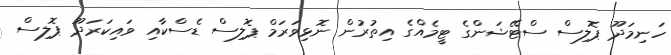
ހަނިމަދޫ ޕޮލިސް ސްޓޭޝަންގެ ޓީމެއްގެ އިތުރުން ނޮޅިވަރަމް ޕޮލިސް ޑެސްކާއި ވައިކަރަދޫ ޕޮލިސް